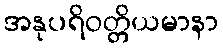
အနုပရိဝတ္တိယမာနာ